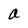
Character: a